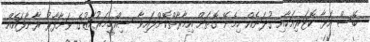
ބޭސް އަޅާ ކޮޓަރިއަކާއި ގުދަނެއް ހިމެނޭ ގޮތަށް އިމާރާތްކޮށްފައިވާ ސިއްހީމަރުކަޒުގެ ވަށާފާރު ރާނާފައެއް